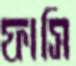
ফাসি